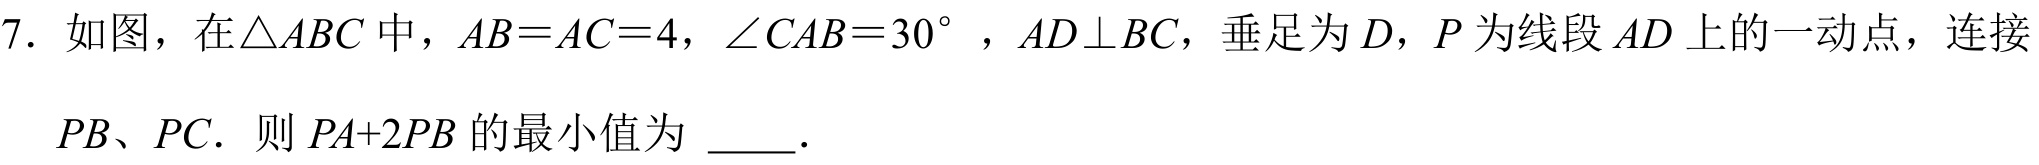
7. 如图，在$\triangle ABC$中，$AB = AC = 4$，$\angle CAB = 30^{\circ}$，$AD\perp BC$，垂足为$D$，$P$为线段$AD$上的一动点，连接
$PB、PC$. 则$PA + 2PB$的最小值为  .